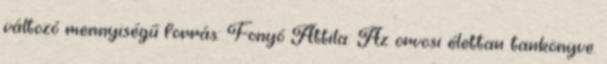
változó mennyiségű forrás: Fonyó Attila: Az orvosi élettan tankönyve.